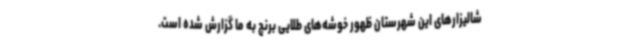
شالیزارهای این شهرستان ظهور خوشه‌های طلایی برنج به ما گزارش شده است.